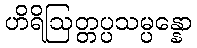
ဟိရိဩတ္တပ္ပသမ္ပန္နော